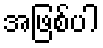
အဖြစ်ပါ